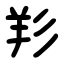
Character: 羏